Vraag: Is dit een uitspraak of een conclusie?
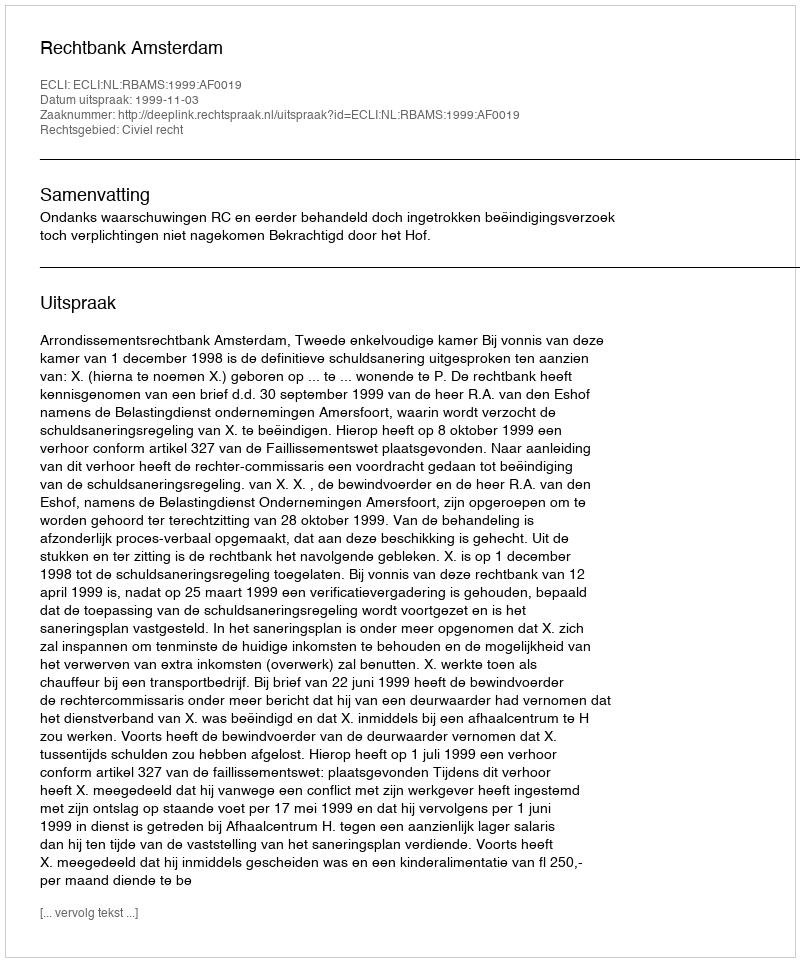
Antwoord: Uitspraak